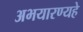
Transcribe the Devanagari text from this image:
अभयारण्यहे